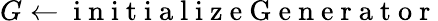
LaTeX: G\gets\mathrm{~i~n~i~t~i~a~l~i~z~e~G~e~n~e~r~a~t~o~r~}